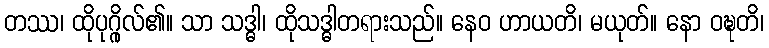
တဿ၊ ထိုပုဂ္ဂိုလ်၏။ သာ သဒ္ဓါ၊ ထိုသဒ္ဓါတရားသည်။ နေဝ ဟာယတိ၊ မယုတ်။ နော ဝဍ္ဎတိ၊